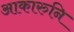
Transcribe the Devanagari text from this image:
आकारुनि